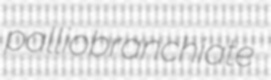
palliobranchiate